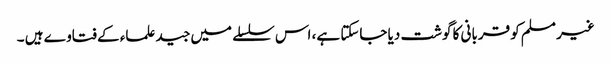
غیر مسلم کو قربانی کا گوشت دیا جاسکتا ہے، اس سلسلے میں جید علماء کے فتاوے ہیں ۔